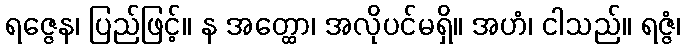
ရဇ္ဇေန၊ ပြည်ဖြင့်။ န အတ္ထော၊ အလိုပင်မရှိ။ အဟံ၊ ငါသည်။ ရဇ္ဇံ၊